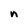
Character: n